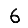
Digit: 6